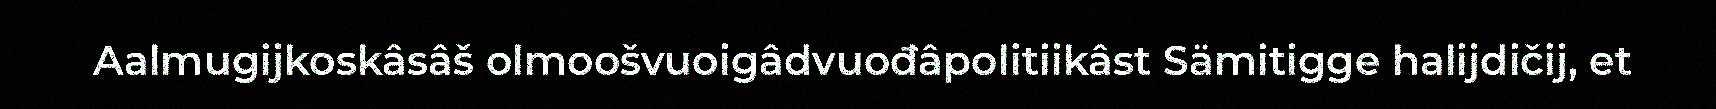
Aalmugijkoskâsâš olmoošvuoigâdvuođâpolitiikâst Sämitigge halijdičij, et